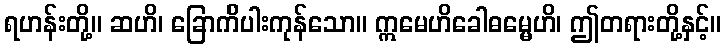
ရဟန်းတို့။ ဆဟိ၊ ခြောက်ိပါးကုန်သော။ ဣမေဟိခေါဓမ္မေဟိ၊ ဤတရားတို့နှင့်။